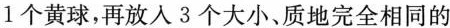
1个黄球，再放入3个大小、质地完全相同的